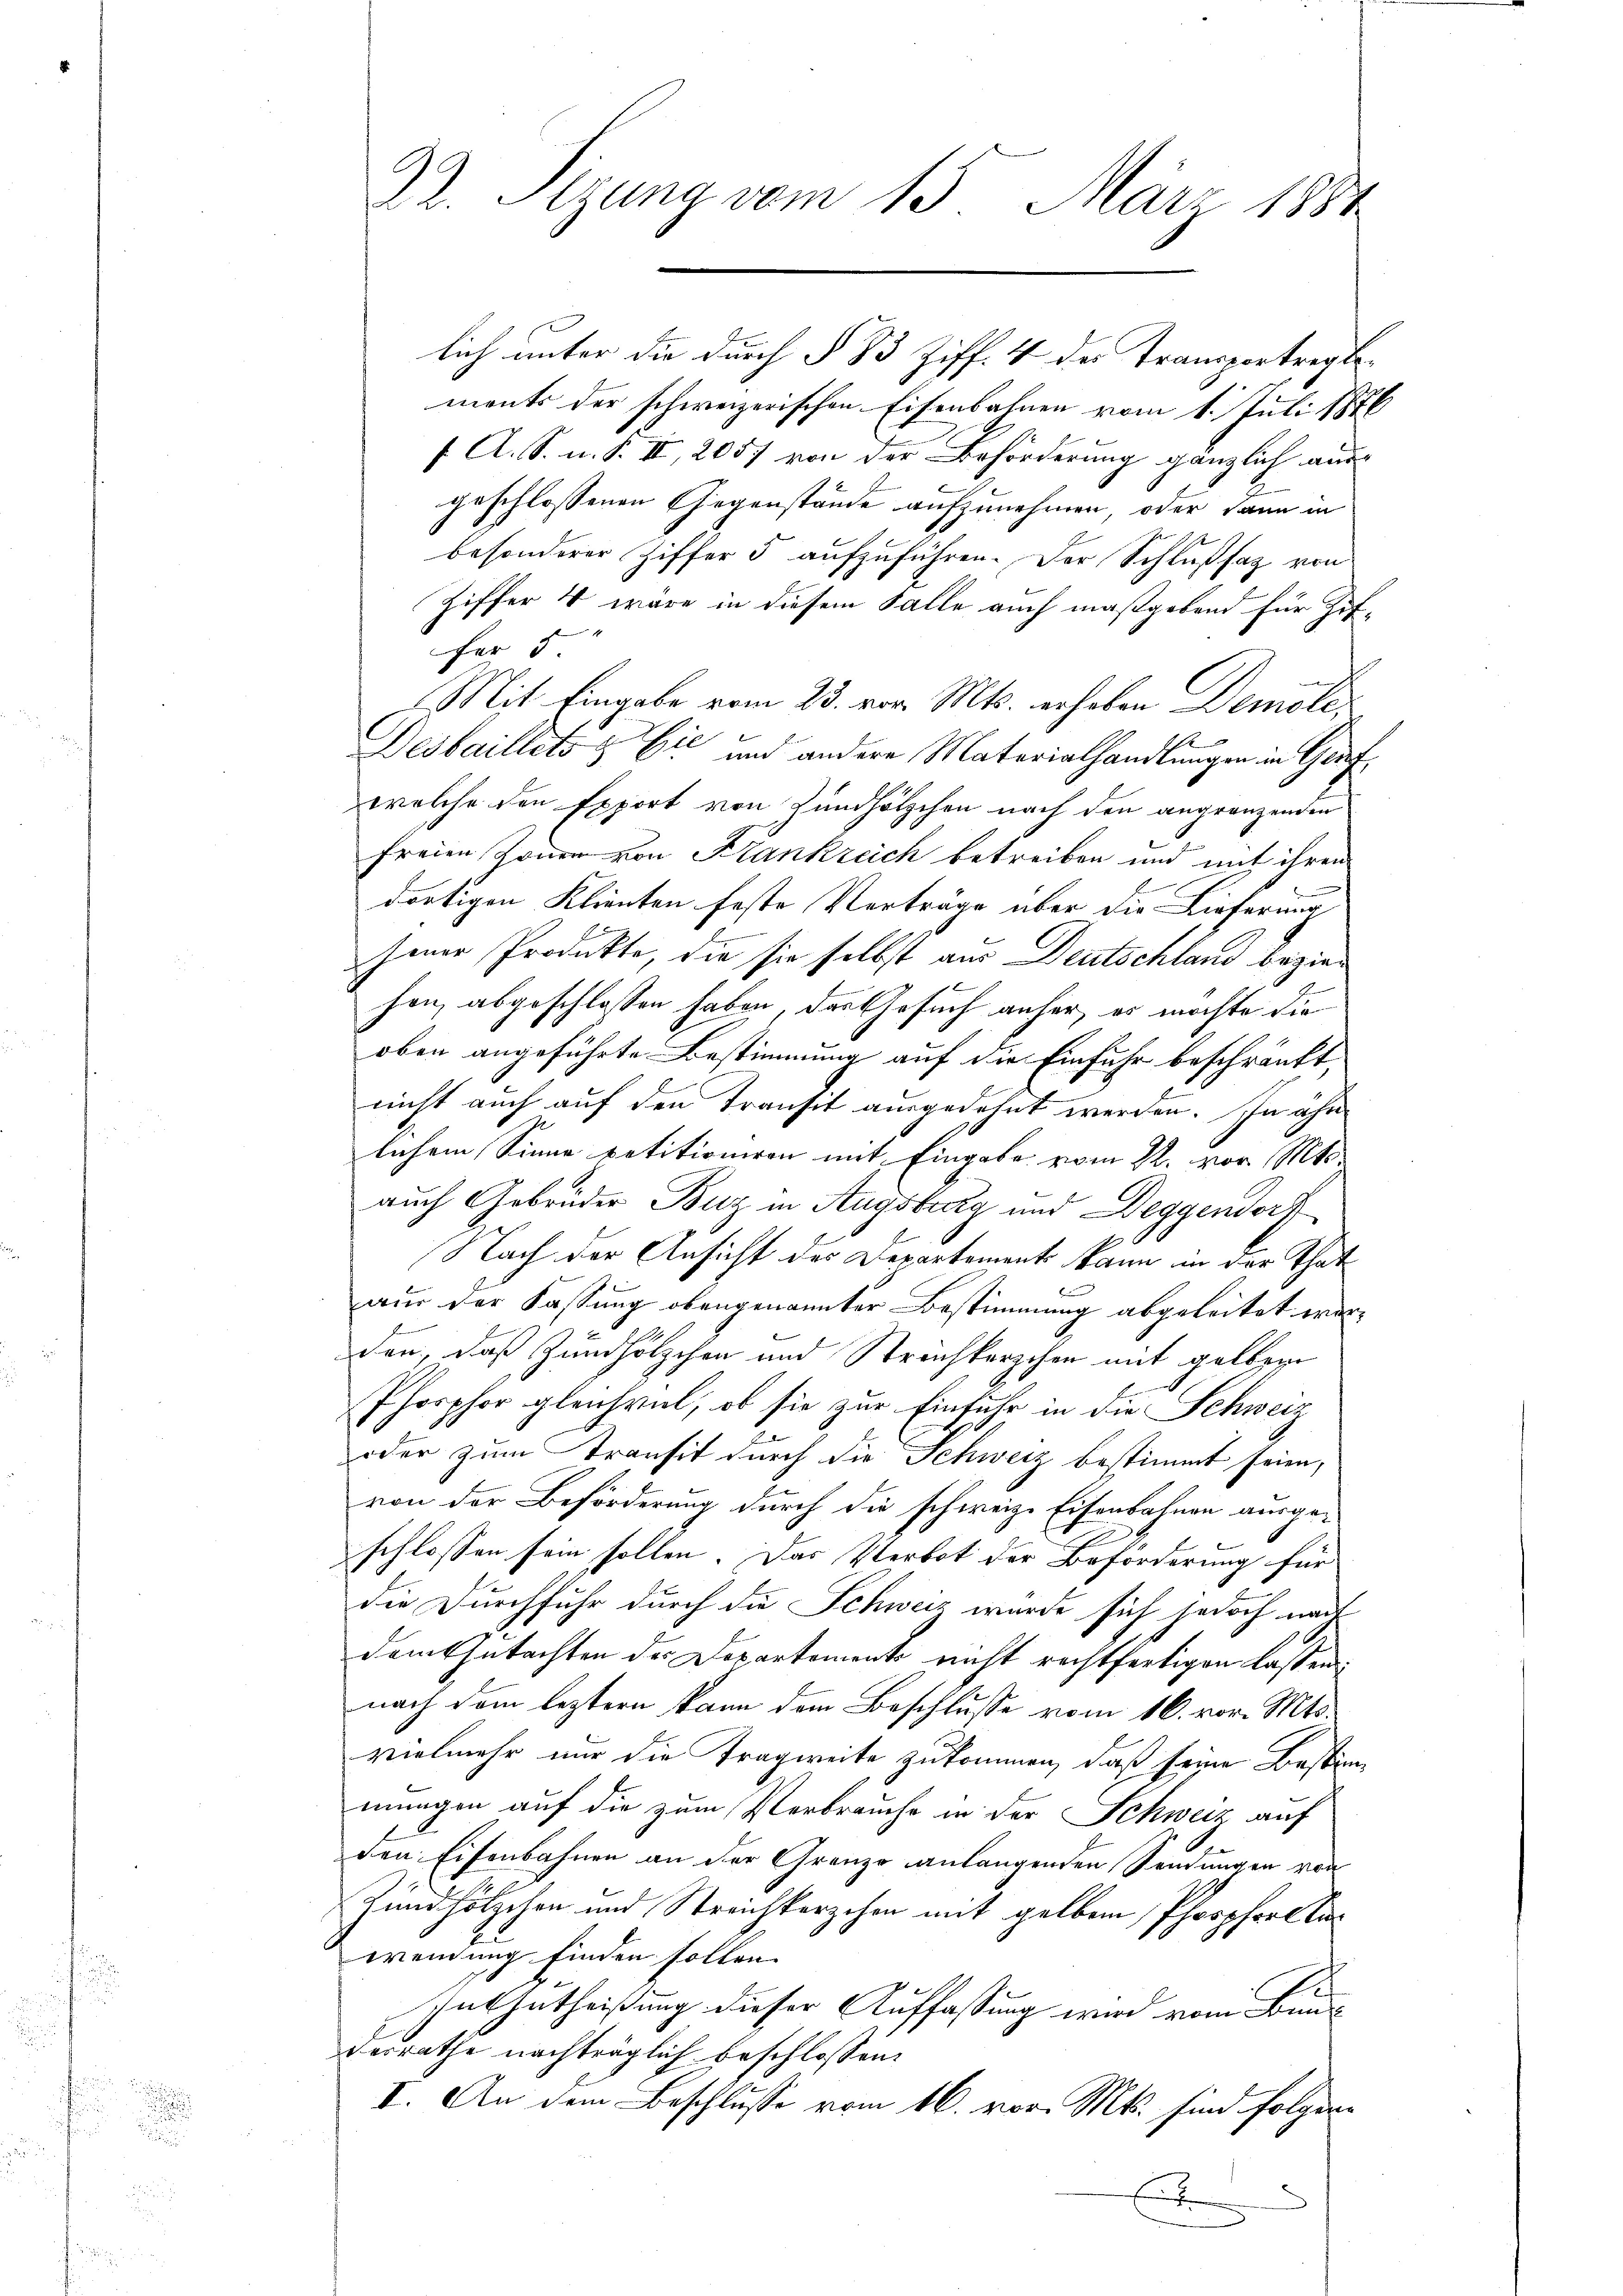
.

lich unter die durch § 83 Ziff. 4 der Transportreglements der schweizerischen Eisenbahnen vom 1. Juli 1876
f A. S. n. F. II, 2057 von der Beförderung gänzlich ausgeschlossenen Gegenstände aufzunehmen, oder dann in
besonderer Ziffer 5 aufzuführen. Der Schlußsag von
Ziffer 4 wäre in diesem Falle auch maßgebend für Ziffür 5
Mit Eingabe vom 23. vor. Mts. erhoben Demole,
e
Desbaillets & Cie und andere Materialhandlungen in Graf
welche den Export von Zündhölzchen nach den angränzenden
freien Zonen von Krankreich betreiben und mit ihren
dortigen Klienten feste Verträge über die Lieferung
sener Produkte, die sie selbst aus Deutschland beziehen, abgeschlossen haben, das Gesuch anher, es möchte die
oben angeführte Bestimmung auf die Einfuhr beschränkt,
nicht auch auf den Transit ausgedehnt werden. In ähn
lichem Sinne petitionieren mit Eingabe vom 22. vor. Mts.
auch Gebrüder Buz in Augsburg und Deggendorf
Nach der Ansicht des Departement kann in der That
aus der Fassung obengenannter Bestimmung abgeleitet werden, daß Zündhölzchen und Strechterschen mit gelben
Phorphor gleichviel, ob sie zur Einfuhr in die Schweiz
oder zum Transit durch die Schweiz bestimmt seien,
von der Beförderung durch die schweiz. Eisenbahnen ausge-
schlossen sein sollen. Das Verbot der Beförderung für
die Durchfuhr durch die Schweiz wurde sich jedoch nach
dem Gutachten der Departemente nicht rechtfertigen lassen:
nach dem letztern kann dem Beschlusse vom 16. vor. Mts.
vielmehr nur die Tragweite zukommen, daß seine Bestimmungen auf die zum Verbrauche in der Schweiz auf
den Eisenbahnen an der Grenzo anlangenden Sendungen von
z und hölzchen und Streichterschon mit gelben Phosphort la
wendung finden sollen. |
Intzutheißung dieser Auffassung wird vom Bundesrathe nachträglich beschlossen:
I. An dem Beschlusse vom 16. vor. Mts. sind folgen
E

32. Sitzung vom 15. März 1881